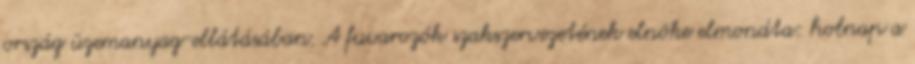
ország üzemanyag-ellátásában. A fuvarozók szakszervezetének elnöke elmondta: holnap a